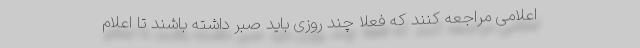
اعلامی مراجعه کنند که فعلاً چند روزی باید صبر داشته باشند تا اعلام